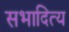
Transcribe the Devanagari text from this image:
सभादित्य